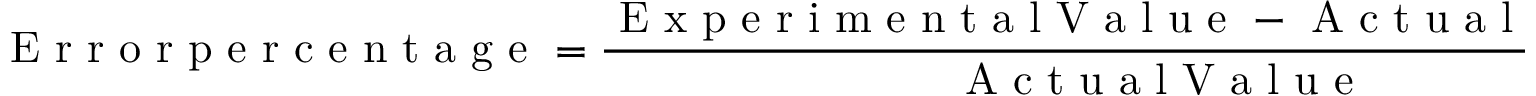
\mathrm { ~ E ~ r ~ r ~ o ~ r ~ p ~ e ~ r ~ c ~ e ~ n ~ t ~ a ~ g ~ e ~ } = \frac { \mathrm { ~ E ~ x ~ p ~ e ~ r ~ i ~ m ~ e ~ n ~ t ~ a ~ l ~ V ~ a ~ l ~ u ~ e ~ } - \mathrm { ~ A ~ c ~ t ~ u ~ a ~ l ~ V ~ a ~ l ~ u ~ e ~ } } { \mathrm { ~ A ~ c ~ t ~ u ~ a ~ l ~ V ~ a ~ l ~ u ~ e ~ } } \times 1 0 0